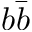
b \bar { b }